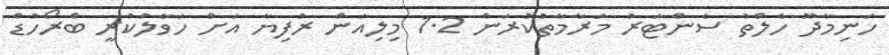
ހަނިމާދޫ ހެލްތު ސެންޓަރު މަރާމާތުކުރަން 1.2 މިލިއަން ރުފިޔާ އަށް ހަވާލުކުރީ ބްރޯހުޑް